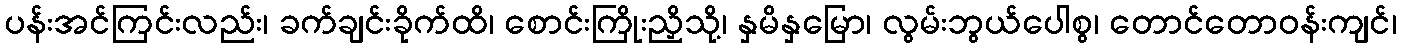
ပန်းအင်ကြင်းလည်း၊ ခက်ချင်းခိုက်ထိ၊ စောင်းကြိုးညှိသို့၊ နှမိနှမြော၊ လွမ်းဘွယ်ပေါစွ၊ တောင်တောဝန်းကျင်၊